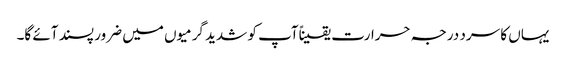
یہاں کا سرد درجہ حرارت یقیناًآپ کو شدید گرمیوں میں ضرور پسند آئے گا۔